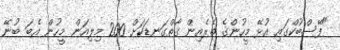
"ފޭސްބުކްގައި އުޅޭ މީހުންގެ ތެރެއިން ގާތްގަނޑަކަށް 200 މިލިއަން މީހުން އެބަ ބުނޭ